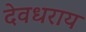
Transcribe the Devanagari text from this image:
देवधराय